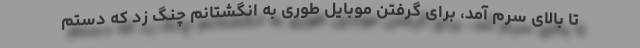
تا بالای سرم آمد، برای گرفتن موبایل طوری به انگشتانم چنگ زد که دستم